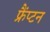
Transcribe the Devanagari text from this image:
फ्रैंप्टन